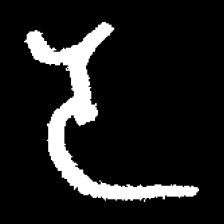
Pyu character \u2014 Myanmar letter: ဒ (romanized: da)